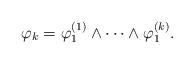
LaTeX: \begin{align*} \varphi_k = \varphi_1^{(1)} \wedge \cdots \wedge \varphi_1^{(k)}.\end{align*}